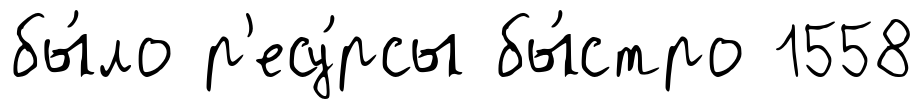
бы́ло р'есу́рсы бы́стро 1558